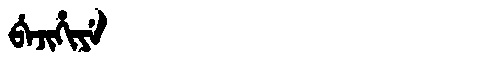
Manchu: ᠪᡝᠵᡳᡥᡳᠶᡝ
Romanization: BEJIHIYE